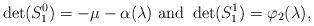
LaTeX: \begin{align*} \det(S_1^0)=-\mu-\alpha(\lambda)\mbox{ and }\det(S_1^1)=\varphi_2(\lambda),\end{align*}